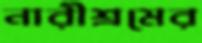
নারীশ্রমের